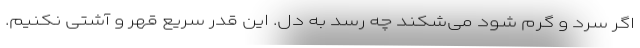
اگر سرد و گرم شود می‌شکند چه رسد به دل. این قدر سریع قهر و آشتی نکنیم.